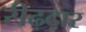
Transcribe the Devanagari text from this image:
रीढ़दार